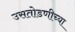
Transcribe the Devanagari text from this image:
उसतोडणीच्या